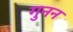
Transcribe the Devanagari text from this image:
गुनन